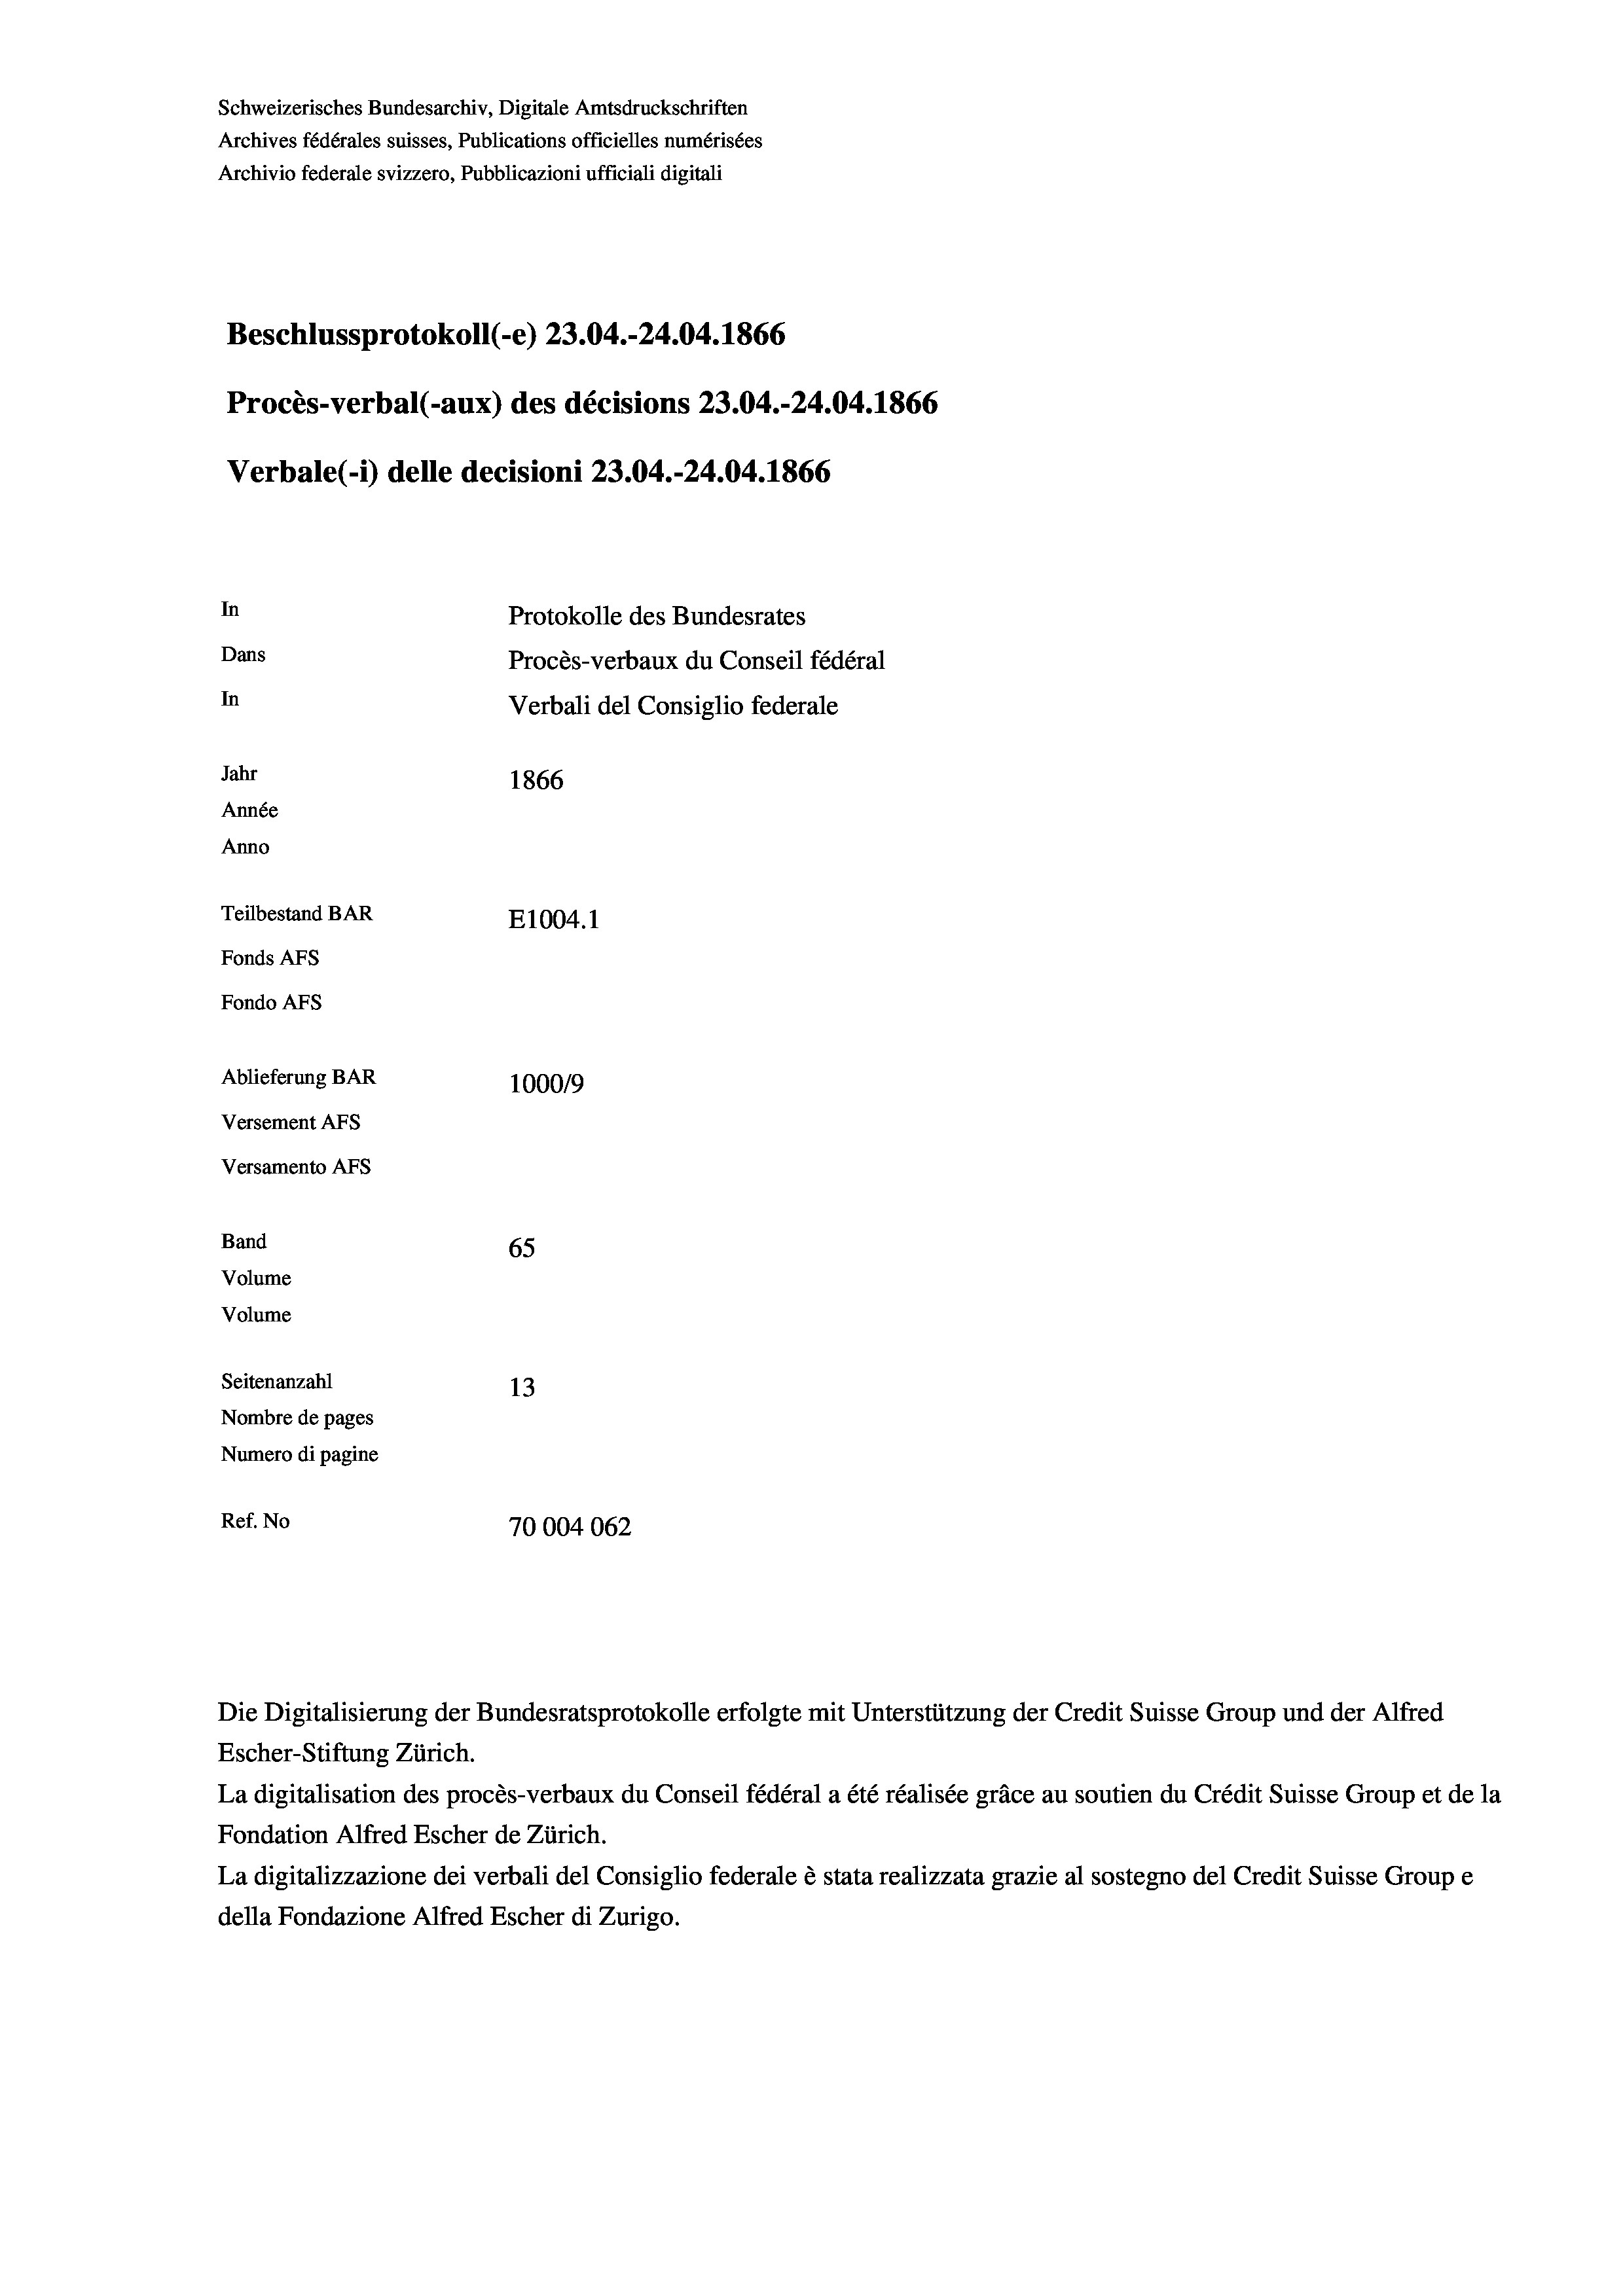
Schweizerisches Bundesarchiv, Digitale Amtsdruckschriften
Archives fédérales suisses, Publications officielles numérisées
Archivio federale svizzero, Pubblicazioni ufficiali digitali
Beschlussprotokoll (-e) 23.04.-24.04. 1866
Procès-verbal (-aux) des décisions 23.04.-24.04. 1866
Verbale (i) delle decisioni 23.04.-24.04. 1866
In
Protokolle des Bundesrates
Dans
Procès-verbaux du Conseil fédéral
In
Verbali del Consiglio federale
Jahr
1866
Année
Anno
Teilbestand BAR
E1004.1
Fonds AFs
Fondo Afs
Ablieferung BAR
100019
Versement Ans
Versamento Afs
Band
65
Volume
Volume
Seitenanzahl
13
Nombre de pages
Numero di pagine
Ref. No
70004062

Escher-Stiftung Zürich.
La digitalisation des procès-verbaux du Conseil fédéral a été réalisée gräce au soutien du Crédit Suisse Group et de la
Fondation Alfred Escher de Zürich.
La digitalizzazione dei verbali del Consiglio federale è stata realizzata grazie al sostegno del Credit Suisse Groupe
della Fondazione Alfred Escher di Zurigo.

Die Digitalisierung der Bundesratsprotokolle erfolgte mit Unterstützung der Credit Suisse Group und der Alfred